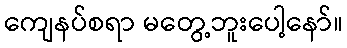
ကျေနပ်စရာ မတွေ့ဘူးပေါ့နော်။